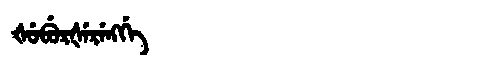
Manchu: ᡧᡠᠪᡠᡵᡧᡝᡵᡝᠩᡤᡝ
Romanization: ŠUBURŠERENGGE